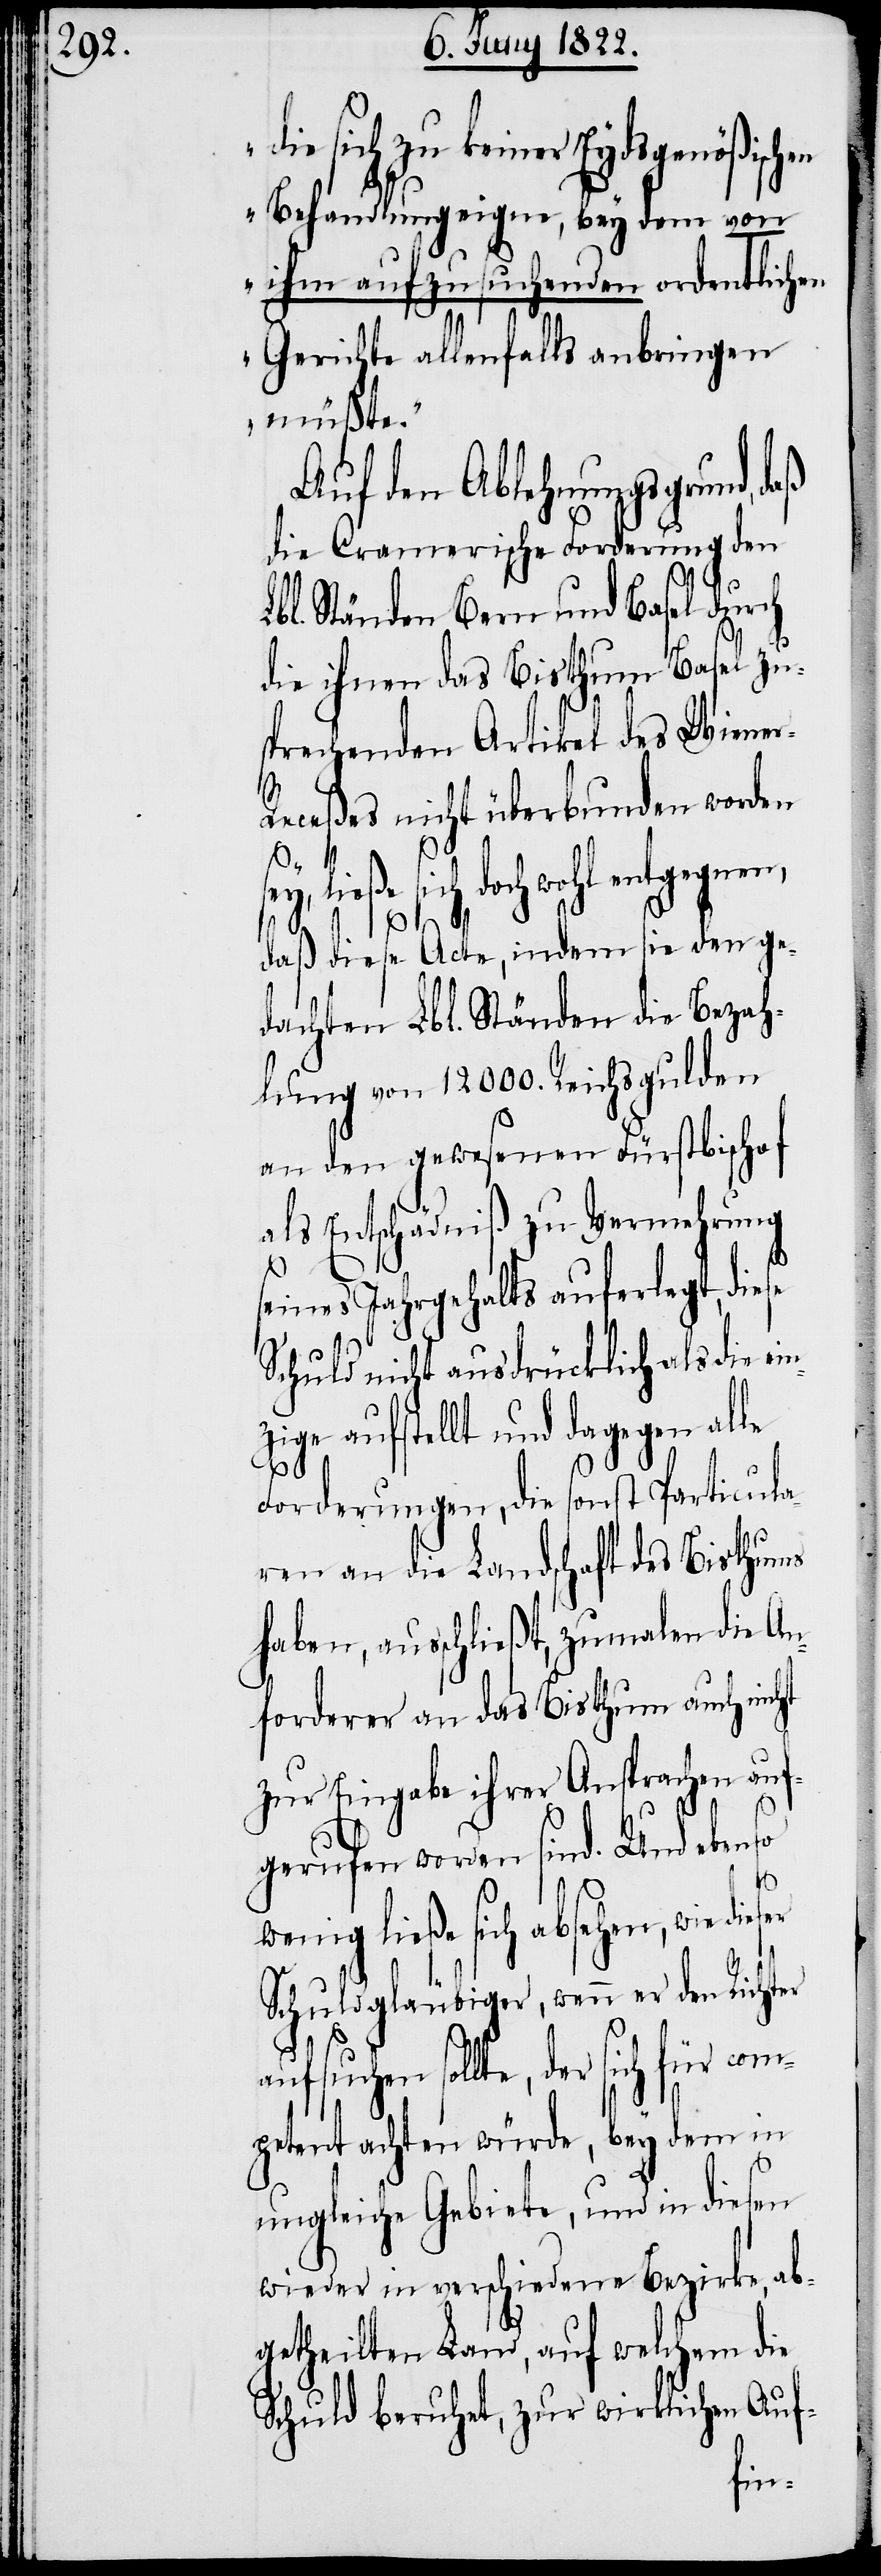
die sich zu keiner Eydsgenößischen
Behandlung eigne, bey dem von
ihm aufzusuchenden ordentlichen
Gerichte allenfalls anbringen
müßte.“
Auf den Ablehnungsgrund, daß
die Cramerische Forderung den
bl. Ständen Bern und Basel dur¬
die ihnen das Bisthum Basel zu¬
sprechenden Artikel des Wiener-R¬
eceßes nicht überbunden worden
ey, ließe sich doch wohl entgegnen,
daß diese Acte, indem sie den ge¬
dachten Lbl. Ständen die Bezah¬
lung von 12000. Reichsgulden
an den gewesenen Fürstbischof
als Entschädniß zu Vermehrung
seines Jahrgehalts auferlegt, diese
Schuld nicht ausdrücklich als die
zige aufstellt und dagegen alle
Forderungen, die sonst Particula¬
ren an die Landschaft des Bisthums
haben, ausschließt, zumalen die An¬
forderer an das Bisthum auch nicht
zur Eingabe ihrer Ansprachen auf¬
gerufen worden sind. Und ebenso
für
nig ließe sich absehen, wie di¬
Schuldgläubiger, wenn er den Richter
petent achten würde, bey dem in
ungleiche Gebiete, und in diesen
wieder in verschiedene Bezirke, ab¬
getheilten Land, auf welchem die
Schuld beruhet, zur wirklichen Auf-
com¬